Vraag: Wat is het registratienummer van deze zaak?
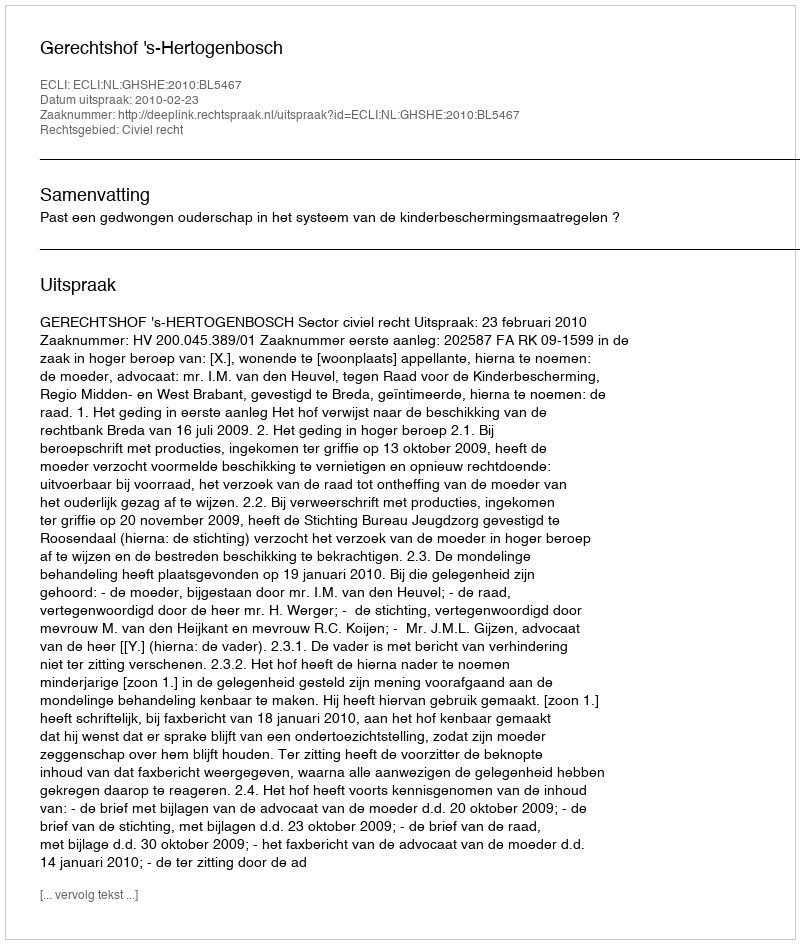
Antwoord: http://deeplink.rechtspraak.nl/uitspraak?id=ECLI:NL:GHSHE:2010:BL5467